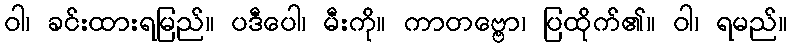
ဝါ၊ ခင်းထားရမြည်။ ပဒီပေါ၊ မီးကို။ ကာတဗ္ဗော၊ ပြထိုက်၏။ ဝါ၊ ရမည်။